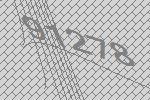
91278